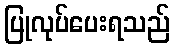
ပြုလုပ်ပေးရသည်